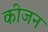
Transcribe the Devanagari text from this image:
कीजन